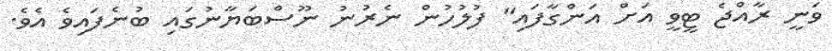
ވަނީ ރާއްޖެ ޓީވީ އަށް އަންގާފައި" ފުލުހުން ނެރުނު ނޫސްބަޔާނުގައި ބުނެފައިވެ އެވެ.